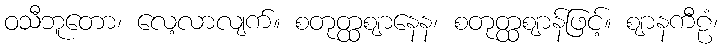
ဝသီဘူတော၊ လေ့လာလျက်။ စတုတ္ထဈာနေန၊ စတုတ္ထဈာန်ဖြင့်။ ဈာနကီဠံ၊